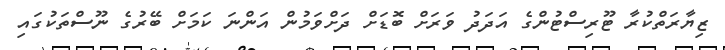
ޒިޔާރަތްކުރާ ޓޫރިސްޓުންގެ އަދަދު ވަރަށް ބޮޑަށް ދަށްވަމުން އަންނަ ކަމަށް ބޭރުގެ ނޫސްތަކުގައި